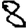
Digit: 8